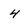
Character: 4